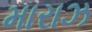
મારાઝ